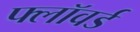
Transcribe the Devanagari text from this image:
फ्लॉवर्ड